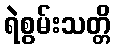
ရဲစွမ်းသတ္တိ